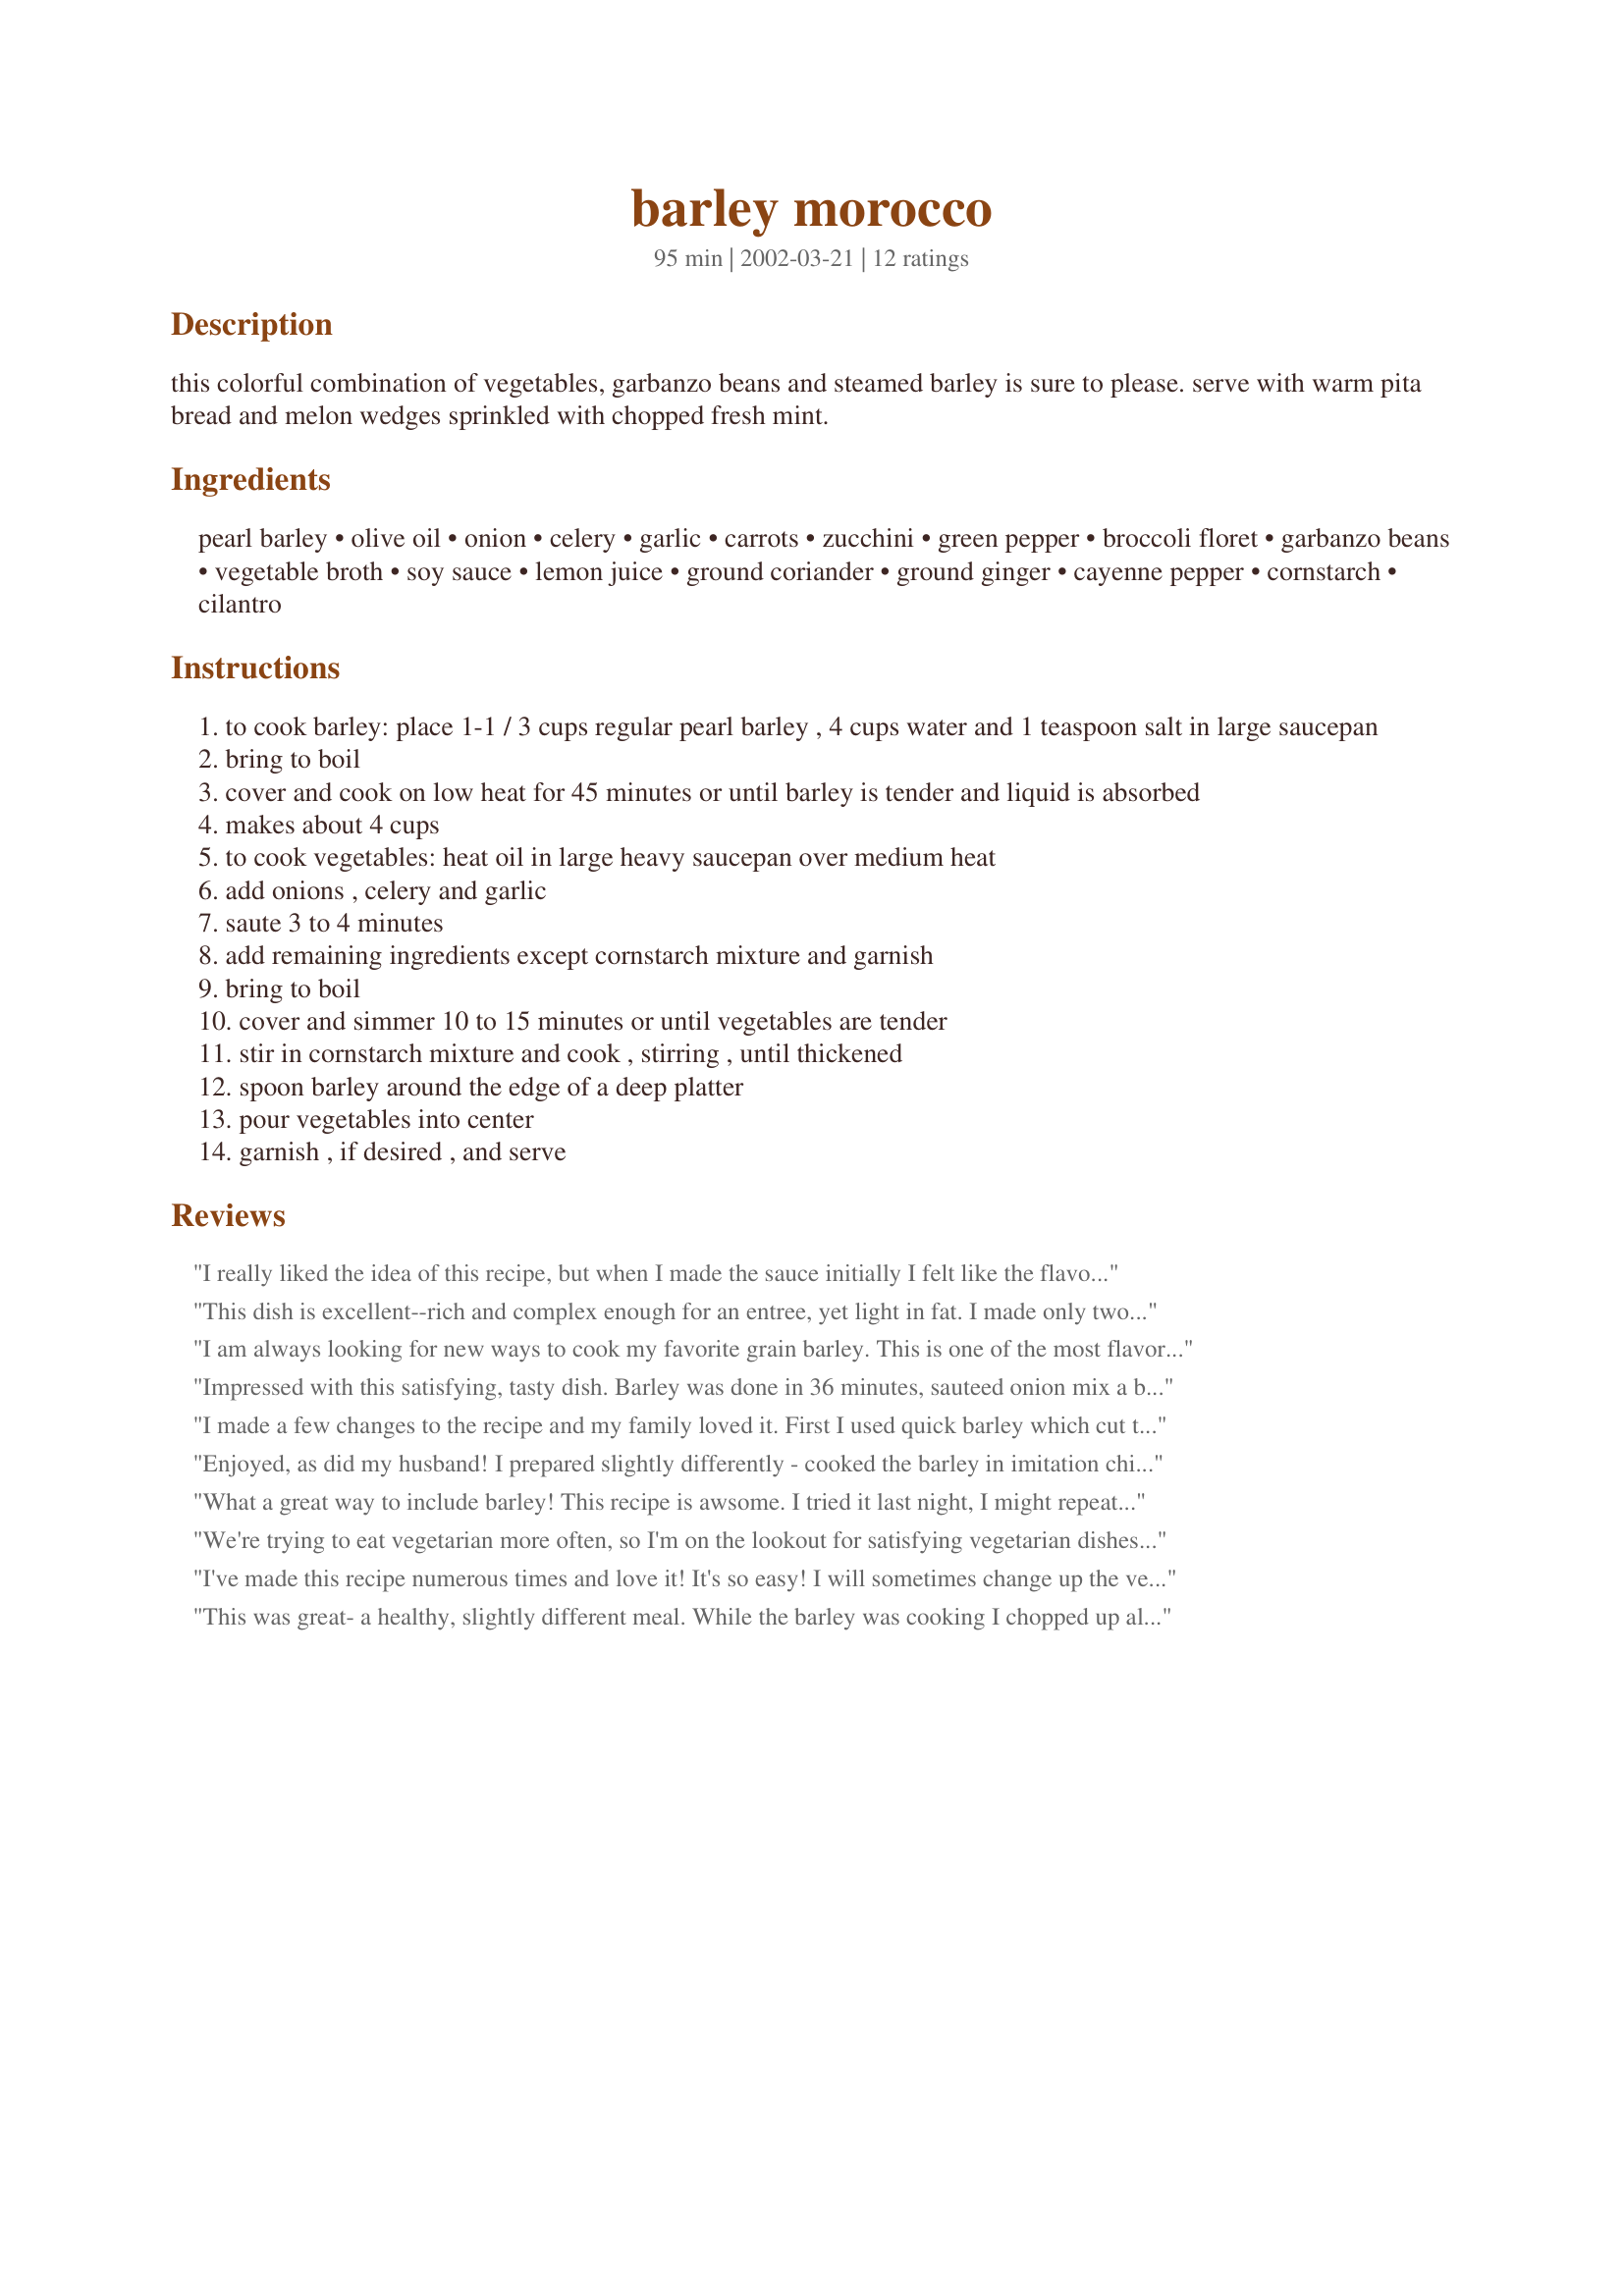
barley morocco
Preparation time: 95 minutes

this colorful combination of vegetables, garbanzo beans and steamed barley is sure to please. serve with warm pita bread and melon wedges sprinkled with chopped fresh mint.

Ingredients:
pearl barley, olive oil, onion, celery, garlic, carrots, zucchini, green pepper, broccoli floret, garbanzo beans, vegetable broth, soy sauce, lemon juice, ground coriander, ground ginger, cayenne pepper, cornstarch, cilantro

Steps:
to cook barley: place 1-1 / 3 cups regular pearl barley , 4 cups water and 1 teaspoon salt in large saucepan
bring to boil
cover and cook on low heat for 45 minutes or until barley is tender and liquid is absorbed
makes about 4 cups
to cook vegetables: heat oil in large heavy saucepan over medium heat
add onions , celery and garlic
saute 3 to 4 minutes
add remaining ingredients except cornstarch mixture and garnish
bring to boil
cover and simmer 10 to 15 minutes or until vegetables are tender
stir in cornstarch mixture and cook , stirring , until thickened
spoon barley around the edge of a deep platter
pour vegetables into center
garnish , if desired , and serve

Reviews:
I really liked the idea of this recipe, but when I made the sauce initially I felt like the flavors were off. I'm not going to rate it because I ended up changing it quite a bit. I doubled the spices as other reviewers suggested, but then the ginger was too strong. So I added a splash of worcestershire, another cup of vegetable broth and another can of chickpeas. After simmering the flavor was better. I still think it's missing something. Maybe garam masala or diced tomatoes? I don't know. I love barley and this is a really great base though, so I'm going to experiment next time.
This dish is excellent--rich and complex enough for an entree, yet light in fat. I made only two changes--I substituted niter kebbeh (spiced ghee) for the oil and skipped the cornstarch as I thought the sauce was dine without thickening. So delicious--and so healthy! Thanks, Steve!
I am always looking for new ways to cook my favorite grain barley. This is one of the most flavorful new dishes I have found in a long time. Everyone loved it and I will definately make it again.
Impressed with this satisfying, tasty dish. Barley was done in 36 minutes, sauteed onion mix a bit longer than called for, and cut in half the simmering time for remaining veggies. With seasonings as suggested, found it was hot enough, with mild hints of ginger coming through. A good one, thank you!
I made a few changes to the recipe and my family loved it. First I used quick barley which cut the cooking time down. Then I added 1 cup of sliced mushrooms and only put in half of the broth. I doubled the coriander and ginger to spice it up a bit. Next time I will cook all of the vegetables at the same time as I think the onions & green peppers were overdone and the rest were undercooked because I did not want them to go completely to mush. But it had a great flavor and was fairly simple.
Enjoyed, as did my husband! I prepared slightly differently - cooked the barley in imitation chicken broth, and simmered the vegetables in seasoned water. When the veggies were tender I tossed it altogether with the barley and it was such a nice, fulfilling side dish! My vegan daughter will love this - I am sure. Thanks for the recipe!
What a great way to include barley! This recipe is awsome. I tried it last night, I might repeat it tomorrow!
We're trying to eat vegetarian more often, so I'm on the lookout for satisfying vegetarian dishes for a spouse who likes his veggies but can be a tad picky about them as the sole source of nutrition. He liked this! I did substitute chicken broth for vegetable broth (easier to find in our small town), and used a bit more lemon than called for -- half a lemon in the cooking, the rest to squeeze atop when served. Might want to add a tad more coriander and ginger next time around -- 1/4 *heaping* teaspoon of cayenne was plenty for this particular dish, by our lights. Thanks for posting!
I've made this recipe numerous times and love it! It's so easy! I will sometimes change up the vegetable combination depending on what I have in the fridge. The barley is a welcome change from rice. This is truly a winner!
This was great- a healthy, slightly different meal. While the barley was cooking I chopped up all the veggies, then with 15 min of cooking left, I put all the veggies, spices and stock in a pan and left them covered to cook up. Worked great. When the timer went off for the barley, I added the cornstarch, and viola! Next time I think I'll double the corriander and ginger though...could hardly taste them.
Very good and easy to make. The leftovers tasted fine -- did not get mushy after a few days in the fridge. 
Mods I made: I added a second can of garbonzo beans to the mix. 
Mods I will make next time I prepare this: I will double all the spices, as was suggested by another reviewer -- this definitely needs more cowbell and we ended up adding some hot asian chile sauce to our bowls for that extra punch of flavor.
Garbanzos and barley are a winning combo - very tasty together. I doubled the coriander, ginger and cayenne, and still thought it was a little light on flavor. Maybe if I made it again, I would cut back on the broth, and double up on the soy sauce and lemon juice, as well.
And something about barley just cries out for mushrooms. I might add mushrooms, too.

This recipe originated from the Washington Barley Commission.
